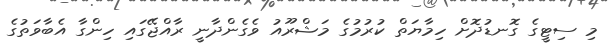
މި ސިޓީގެ ގޮނޑުދޮށް ހިމާޔަތް ކުރުމުގެ މަޝްރޫއު ވެގެންދާނީ ރާއްޖޭގައި ހިންގާ އެބާވަތުގެ